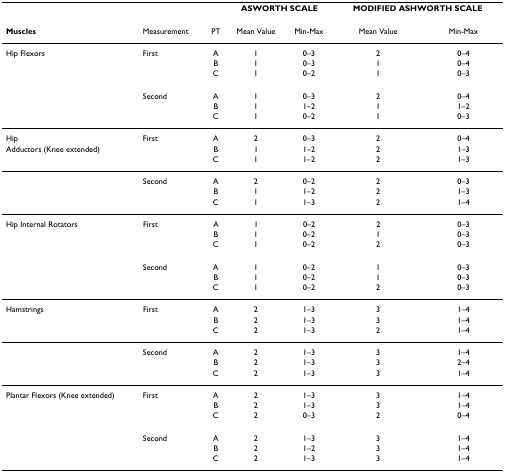
<table><thead><tr><td></td><td></td><td></td><td colspan="2"><b>ASWORTH SCALE</b></td><td colspan="2"><b>MODIFIED ASHWORTH SCALE</b></td></tr></thead><tbody><tr><td><b>Muscles</b></td><td>Measurement</td><td>PT</td><td>Mean Value</td><td>Min-Max</td><td>Mean Value</td><td>Min-Max</td></tr><tr><td>Hip Flexors</td><td>First</td><td>A</td><td>1</td><td>0–3</td><td>2</td><td>0–4</td></tr><tr><td></td><td></td><td>B</td><td>1</td><td>0–3</td><td>1</td><td>0–4</td></tr><tr><td></td><td></td><td>C</td><td>1</td><td>0–2</td><td>1</td><td>0–3</td></tr><tr><td></td><td>Second</td><td>A</td><td>1</td><td>0–3</td><td>2</td><td>0–4</td></tr><tr><td></td><td></td><td>B</td><td>1</td><td>1–2</td><td>1</td><td>1–2</td></tr><tr><td></td><td></td><td>C</td><td>1</td><td>0–2</td><td>1</td><td>0–3</td></tr><tr><td>Hip</td><td>First</td><td>A</td><td>2</td><td>0–3</td><td>2</td><td>0–4</td></tr><tr><td>Adductors (Knee extended)</td><td></td><td>B</td><td>1</td><td>1–2</td><td>2</td><td>1–3</td></tr><tr><td></td><td></td><td>C</td><td>1</td><td>1–2</td><td>2</td><td>1–3</td></tr><tr><td></td><td>Second</td><td>A</td><td>2</td><td>0–2</td><td>2</td><td>0–3</td></tr><tr><td></td><td></td><td>B</td><td>1</td><td>1–2</td><td>2</td><td>1–3</td></tr><tr><td></td><td></td><td>C</td><td>1</td><td>1–3</td><td>2</td><td>1–4</td></tr><tr><td>Hip Internal Rotators</td><td>First</td><td>A</td><td>1</td><td>0–2</td><td>2</td><td>0–3</td></tr><tr><td></td><td></td><td>B</td><td>1</td><td>0–2</td><td>1</td><td>0–3</td></tr><tr><td></td><td></td><td>C</td><td>1</td><td>0–2</td><td>2</td><td>0–3</td></tr><tr><td></td><td>Second</td><td>A</td><td>1</td><td>0–2</td><td>1</td><td>0–3</td></tr><tr><td></td><td></td><td>B</td><td>1</td><td>0–2</td><td>1</td><td>0–3</td></tr><tr><td></td><td></td><td>C</td><td>1</td><td>0–2</td><td>2</td><td>0–3</td></tr><tr><td>Hamstrings</td><td>First</td><td>A</td><td>2</td><td>1–3</td><td>3</td><td>1–4</td></tr><tr><td></td><td></td><td>B</td><td>2</td><td>1–3</td><td>3</td><td>1–4</td></tr><tr><td></td><td></td><td>C</td><td>2</td><td>1–3</td><td>2</td><td>1–4</td></tr><tr><td></td><td>Second</td><td>A</td><td>2</td><td>1–3</td><td>3</td><td>1–4</td></tr><tr><td></td><td></td><td>B</td><td>2</td><td>1–3</td><td>3</td><td>2–4</td></tr><tr><td></td><td></td><td>C</td><td>2</td><td>1–3</td><td>3</td><td>1–4</td></tr><tr><td>Plantar Flexors (Knee extended)</td><td>First</td><td>A</td><td>2</td><td>1–3</td><td>3</td><td>1–4</td></tr><tr><td></td><td></td><td>B</td><td>2</td><td>1–3</td><td>3</td><td>1–4</td></tr><tr><td></td><td></td><td>C</td><td>2</td><td>0–3</td><td>2</td><td>0–4</td></tr><tr><td></td><td>Second</td><td>A</td><td>2</td><td>1–3</td><td>3</td><td>1–4</td></tr><tr><td></td><td></td><td>B</td><td>2</td><td>1–2</td><td>3</td><td>1–4</td></tr><tr><td></td><td></td><td>C</td><td>2</td><td>1–3</td><td>3</td><td>1–4</td></tr></tbody></table>